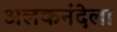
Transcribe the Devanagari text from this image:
अलकनंदेला